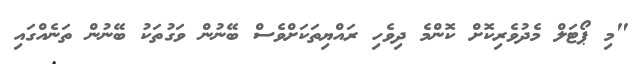
"މި ޕޯޓަލް މެދުވެރިކޮށް ކޮންމެ ދިވެހި ރައްޔިތަކަށްވެސް ބޭނުން ވަގުތަކު ބޭނުން ތަނެއްގައި